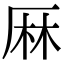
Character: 𠩵